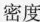
密度